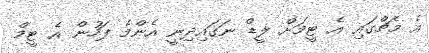
އެ މެޗްގައި އެ ޓީމަށް ލީޑް ނަގައިދިނީ އެންމެ ފަހުން އެ ޓީމް